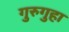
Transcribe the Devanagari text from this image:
गुरुगुहा